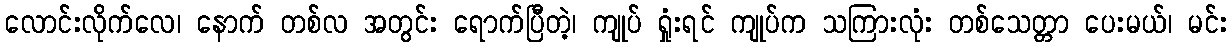
လောင်းလိုက်လေ၊ နောက် တစ်လ အတွင်း ရောက်ပြီတဲ့၊ ကျုပ် ရှုံးရင် ကျုပ်က သကြားလုံး တစ်သေတ္တာ ပေးမယ်၊ မင်း